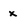
Character: x